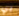
بي